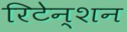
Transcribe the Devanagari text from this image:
रिटेन्शन